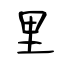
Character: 里